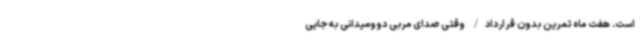
است. هفت ماه تمرین بدون قرارداد/ وقتی صدای مربی دوومیدانی به جایی